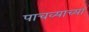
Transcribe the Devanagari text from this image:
पाचव्याच्या